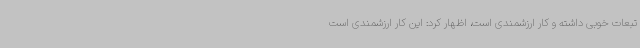
تبعات خوبی داشته و کار ارزشمندی است، اظهار کرد: این کار ارزشمندی است